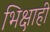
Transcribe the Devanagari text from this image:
भिक्षाही